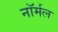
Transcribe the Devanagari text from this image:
नाॅर्मल